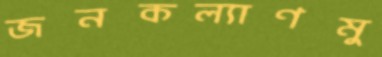
জনকল্যাণমু